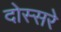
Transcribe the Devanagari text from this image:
दोस्सरे